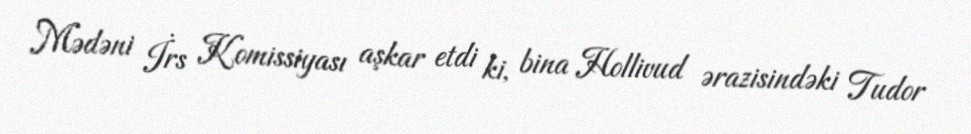
Mədəni İrs Komissiyası aşkar etdi ki, bina Hollivud ərazisindəki Tudor